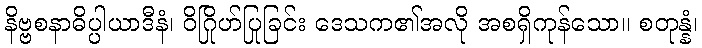
နိဗ္ဗစနာဓိပ္ပါယာဒီနံ၊ ဝိဂြိုဟ်ပြုခြင်း ဒေသက၏အလို အစရှိကုန်သော။ စတုန္နံ၊